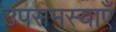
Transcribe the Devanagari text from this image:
उपसमस्याएँ